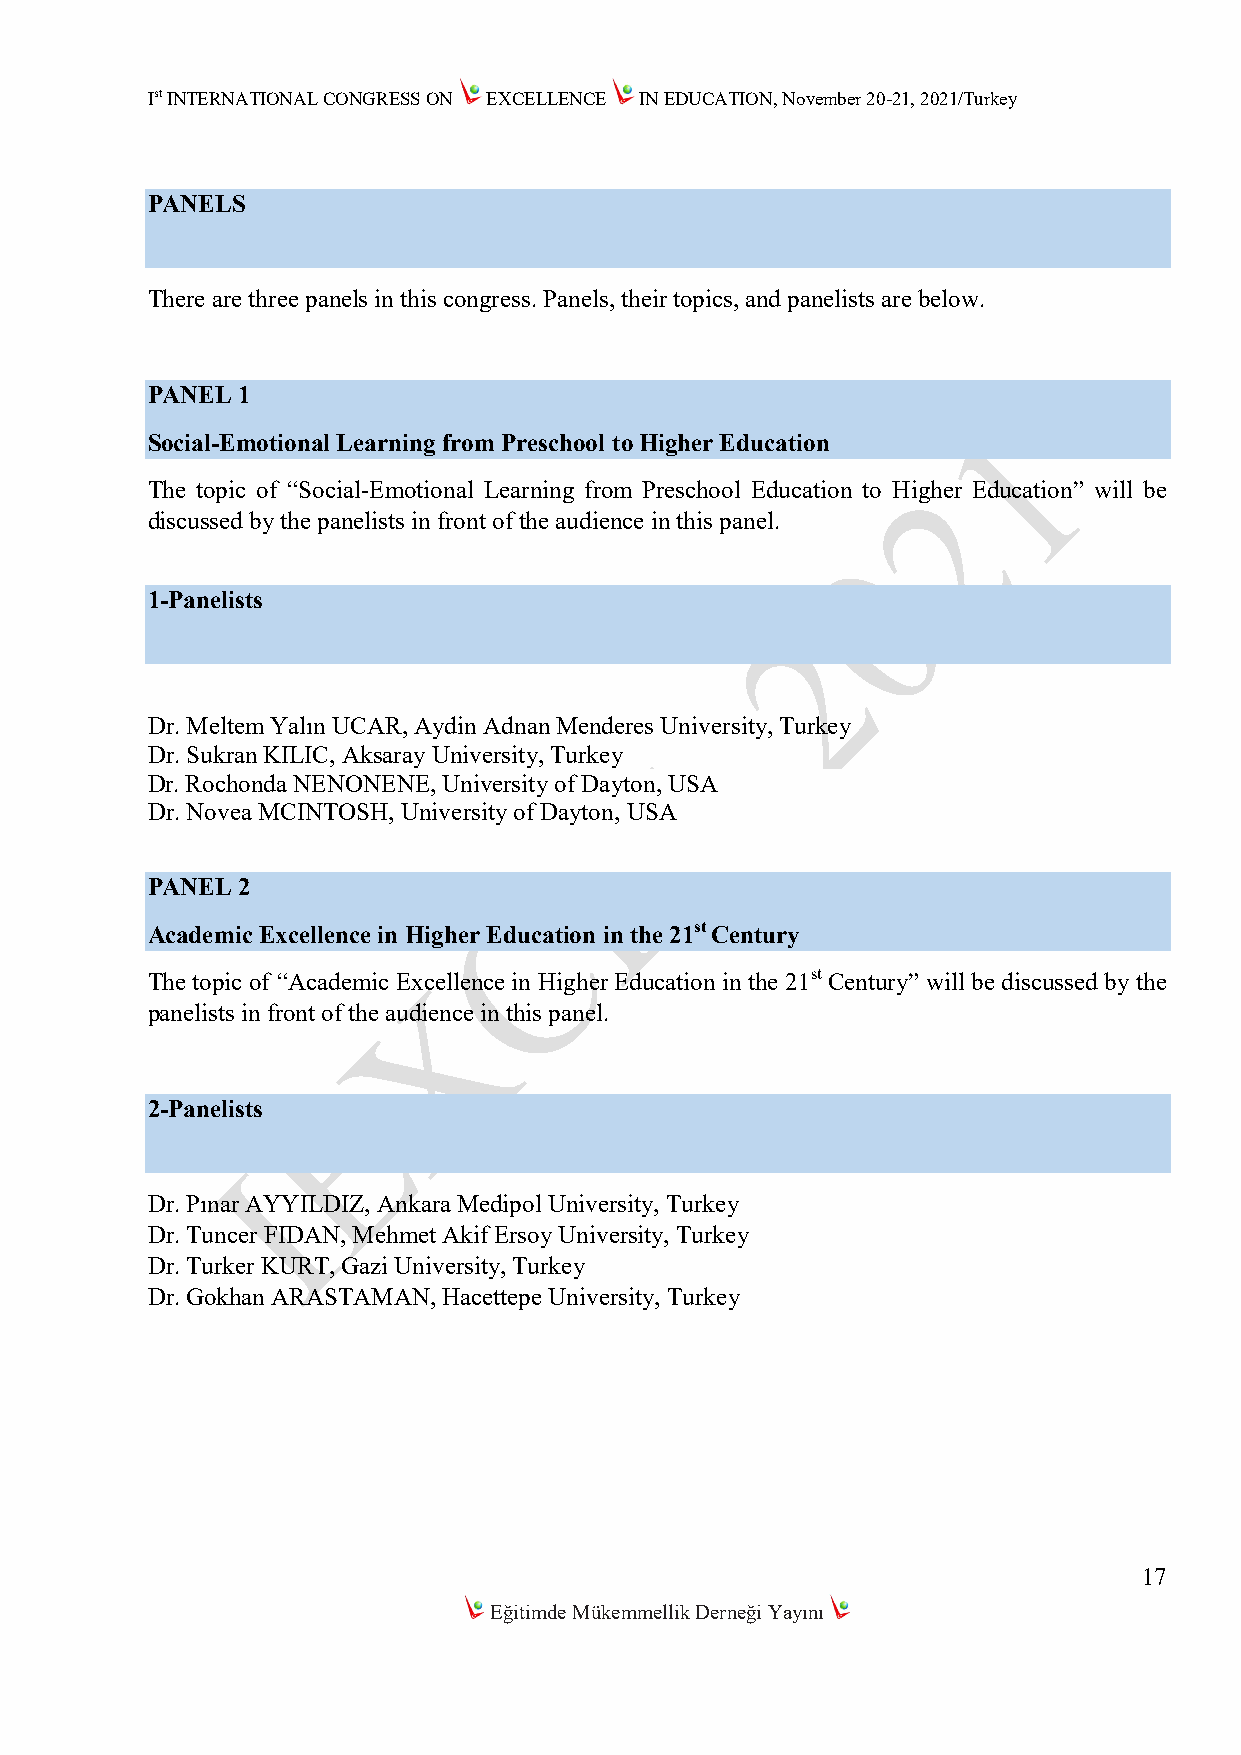
Ist INTERNATIONAL CONGRESS ON EXCELLENCE IN EDUCATION, November 20-21, 2021/Turkey
 PANELS
 There are three panels in this congress. Panels, their topics, and panelists are below.
 PANEL 1
 Social-Emotional Learning from Preschool to Higher Education
 The topic of “Social-Emotional Learning from Preschool Education to Higher Education” will be
 discussed by the panelists in front of the audience in this panel.
 1-Panelists
 Dr. Meltem Yalın UCAR, Aydin Adnan Menderes University, Turkey
 Dr. Sukran KILIC, Aksaray University, Turkey
 Dr. Rochonda NENONENE, University of Dayton, USA
 Dr. Novea MCINTOSH, University of Dayton, USA
 PANEL 2
 Academic Excellence in Higher Education in the 21st Century
 The topic of “Academic Excellence in Higher Education in the 21st Century” will be discussed by the
 panelists in front of the audience in this panel.
 2-Panelists
 Dr. Pınar AYYILDIZ, Ankara Medipol University, Turkey
 Dr. Tuncer FIDAN, Mehmet Akif Ersoy University, Turkey
 Dr. Turker KURT, Gazi University, Turkey
 Dr. Gokhan ARASTAMAN, Hacettepe University, Turkey
 17
 Eğitimde Mükemmellik Derneği Yayını